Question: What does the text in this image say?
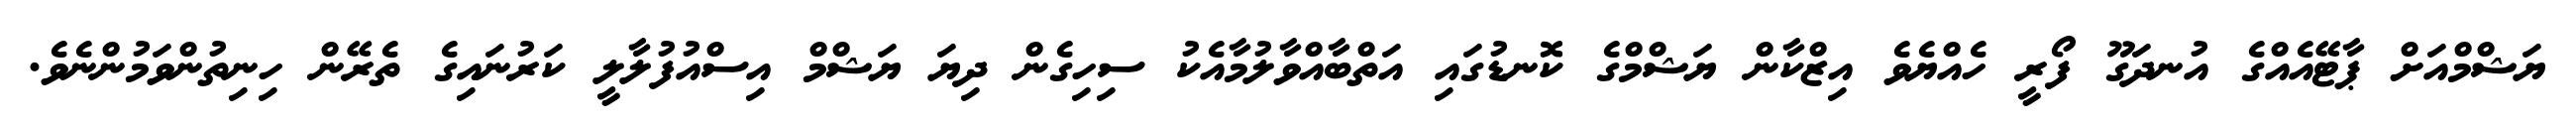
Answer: ޔަޝްމްއަށް ޕާޓޭއެއްގެ އުނދަގޫ ފޯރީ ހެއްޔެވެ އިޒްކާން ޔަޝްމްގެ ކޮނޑުގައި އަތްބާއްވާލުމާއެކު ސިހިގެން ދިޔަ ޔަޝްމް އިސްއުފުލާލީ ކަރުނައިގެ ތެރޭން ހިނިތުންވަމުންނެވެ.